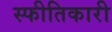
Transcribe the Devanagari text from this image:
स्फीतिकारी